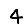
Digit: 4